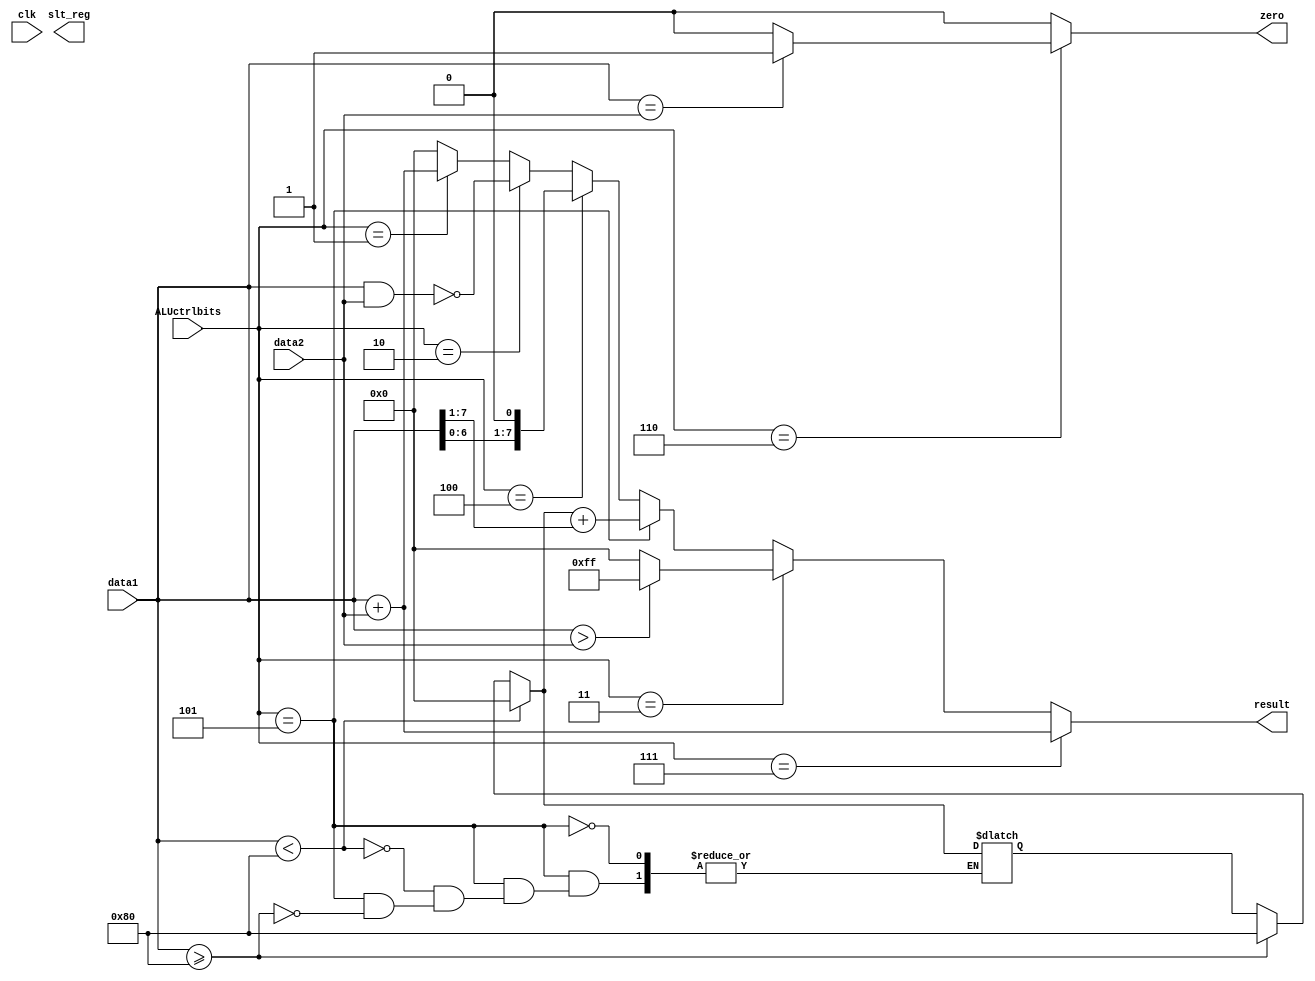
//////////////////////////////////////////////////////////////////////////////////
// Course: Cooper Union ECE151A Spring 2016
// Professor: Professor Marano
// Module Name: 
// Description: 
//////////////////////////////////////////////////////////////////////////////////

`timescale 1ns / 1ns

module ALUctrl(zero, result, slt_reg, ALUctrlbits, data1, data2,clk);

//-------------Input Ports-----------------------------
input wire [2:0] ALUctrlbits;	//control bit from ALU control unit
input wire signed [7:0] data1;			//8 bits of data1
input wire signed [7:0] data2;			//8 bits of data2
input wire clk;
//input wire slt0_reg, slt1_reg;	//check slt0_reg, slt1_reg from register file

//-------------Output Ports----------------------------
output reg zero; 			//Gives 1 for jumping
output reg [7:0] result; 	//8 bits of results
output reg slt_reg;			//to be fed into register file to write on slt0_reg or slt1_reg

reg [7:0] save_msb;

//------------------Instructions-----------------------

// 001: add/addi
// 010: nand
// 011: comparison
// 100: shift left
// 101: shift right
// 110: equal

initial begin
	result = 0;
	zero = 0;
	save_msb = 0;
end

always @*
	begin
		//general ALU computation for R types; result
		result = 0;
		zero = 0;
		if (ALUctrlbits == 3'b001) begin	//add
			result = data1 + data2;
		end 
		if (ALUctrlbits == 3'b010) begin	//nand
			result = ~(data1 & data2);
		end
		if (ALUctrlbits == 3'b100) begin	//shift left
			result = data1 << 1;
		end 
		if (ALUctrlbits == 3'b101) begin	//shift right
			if (data1 >= 8'b10000000) begin
				save_msb = 8'b10000000;
			end if (data1 < 8'b10000000) begin
				save_msb = 8'b00000000;
			end
			result = save_msb + (data1 >> 1);
		end 
		
		//general calculation for I types; zero
		if (ALUctrlbits == 3'b011) begin	//slt_0 and slt_1
			if (data1 > data2) begin
				result = 8'b11111111;
			end else begin
				result = 8'b00000000;		
			end
		end 
		if (ALUctrlbits == 3'b110) begin	//beq
			if(data1 == data2) begin
				zero = 1;
			end else begin
				zero = 0;
			end
			//$display("data1: %b data2: %b zero: %b", data1, data2, zero);
		end


		//effective memory address calculation
		if (ALUctrlbits == 3'b111) begin		//lw or sw
			result = data1 + data2;				//reg($sp) + imm offset = address in memory
		end
	end


endmodule